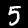
Digit: 5